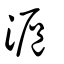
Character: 滬